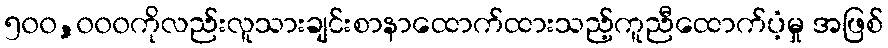
၅၀၀,၀၀၀ကိုလည်းလူသားချင်းစာနာထောက်ထားသည့်ကူညီထောက်ပံ့မှု အဖြစ်